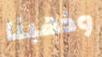
وذهبنا